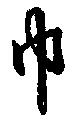
巾